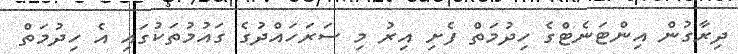
ދިރާގުން އިންޓަނެޓްގެ ހިދުމަތް ފެށި އިރު މި ސަރަހައްދުގެ ގައުމުތަކުގައި އެ ހިދުމަތް